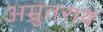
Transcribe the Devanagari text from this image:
अम्रुतराय